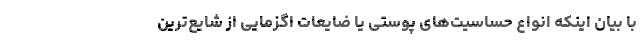
با بیان اینکه انواع حساسیت‌های پوستی یا ضایعات اگزمایی از شایع‌ترین